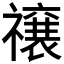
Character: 𮂜